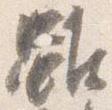
雖